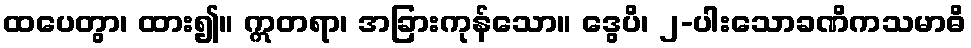
ထပေတွာ၊ ထား၍။ ဣတရာ၊ အခြားကုန်သော။ ဒွေပိ၊ ၂-ပါးသောခဏိကသမာဓိ